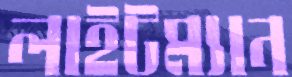
লাইটম্যান